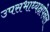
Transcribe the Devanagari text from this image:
उपसभाध्यक्षपेनल